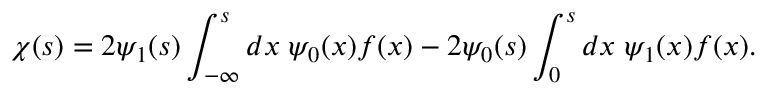
\chi ( s ) = 2 \psi _ { 1 } ( s ) \int _ { - \infty } ^ { s } d x \; \psi _ { 0 } ( x ) f ( x ) - 2 \psi _ { 0 } ( s ) \int _ { 0 } ^ { s } d x \; \psi _ { 1 } ( x ) f ( x ) .